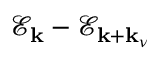
\mathscr { E } _ { \bf k } - \mathscr { E } _ { { \bf k } + { \bf k } _ { \nu } }